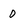
Character: 0